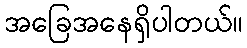
အခြေအနေရှိပါတယ်။